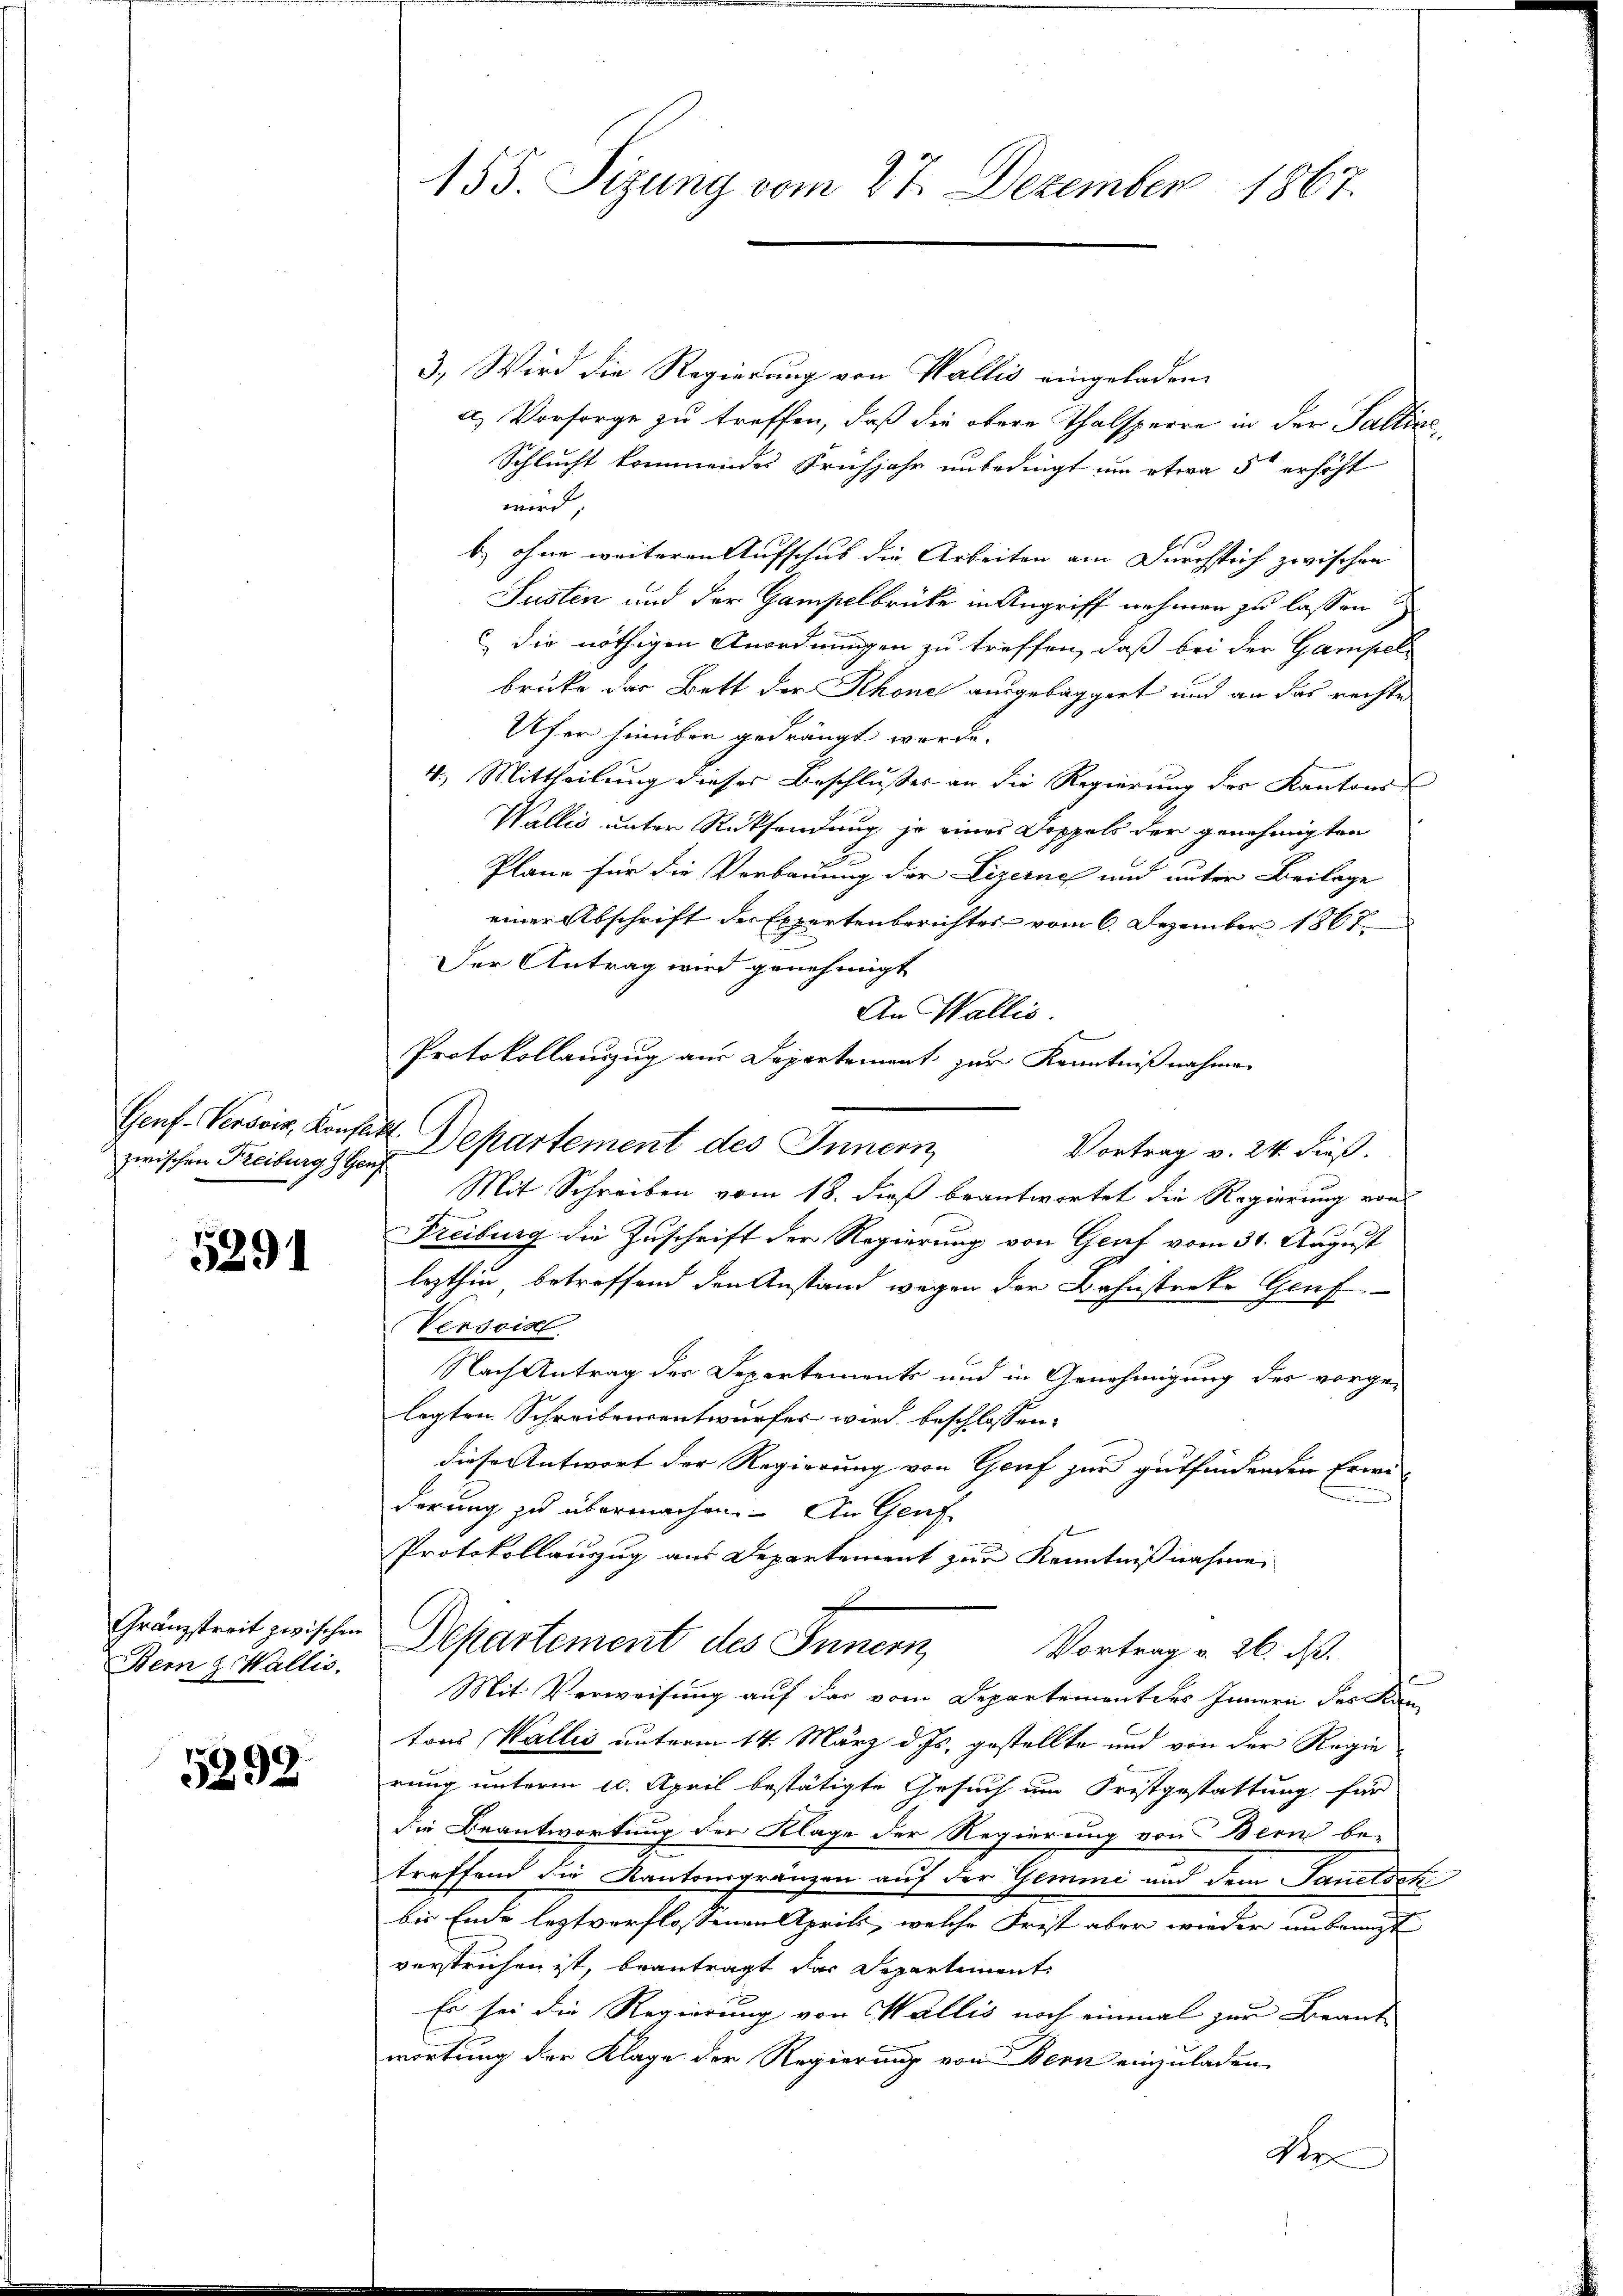
Genf. Verdois, Konsult

5291

Bern z. Wallis.

5292

3.) Wird die Regierung von Wallis eingeladen
a) Vorsorge zu treffen, daß die obere Thalsperre in der Saltine¬
Schlucht kommendes Frühjahr unbedingt in etwa 5 erscht
wird
b) ohne weiteren Aufschub die Arbeiten am Durchsteif zwischen
Susten und der Gampelbrücke in Angriff nehmen zu lassen
6 die nöthigen Anordnungen zu treffen, daß bei der Gampelbrüke das Bett der Rhones ausgebaggert und an das rechte
Ufer hinüber gedrängt worde.
4.) Mittheilung dieses Beschlusses an die Regierung der Kantons
Wallis unter Rücksendung je eines Doppels der genehmigten
Pläne für die Verbauung der Lizerne und unter Beilage
einer Abschrift der Expertenberichtes vom 6. Dezember 1867
Der Antrag wird genehmigt
An Wallis.
Protokollauszug aus Departement zur Kenntnißnahmen
Vortrag v. 24. dieß.
zwischen Freiburg der Departement des Innern
Mit Schreiben vom 18. dieß beantwortet die Regierung von
Freiburg die Zuschrift der Regierung von Gent vom 31. August
lezthin betreffend den Anstand wegen der Bahnstreke Genf
Versois
Nach Antrag der Departements und in Genehmigung des vorge-
legten Schreibensentwurfes wird beschlossen:
diese Antwort der Regierung von Genf zur gutfindenden Erweiderung zu übermachen. An Genf
Protokollanzug aus Departement zur Kenntnißnahme,
Gränztreit zwischen Departement des Innern, Vortrag v. 26. d.
Mit Verweisung auf das vom Departement des Innern des Kan-
tons Wallis unterm 14. März d. Js. gestellte und von der Regie
rung unterm 10. April bestätigte Gesuch um Fristgestattung für
die Beantwortung der Klage der Regierung von Bern be-
treffend die Kantonsgränzen auf der Gemmi und dem Sanitsch
bis Ende leztverflossenen Aprils, welche Frist aber wieder anbringt
verstrichen ist, beantragt das Departement:
Es sei die Regierung von Wallis noch einmal zur Beantwortung der Klage der Regierung von Bern einzuladen,
Ve

155. Sizung vom 27. Dezember 1867.

l